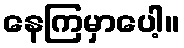
နေကြမှာပေါ့။